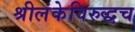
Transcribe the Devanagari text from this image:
श्रीलंकेविरुद्धच